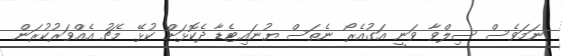
ނަމަވެސް ސިލްވާ ވަނީ އަގުއެރޯ ނެތަސް ޔުނައިޓެޑާ ދެކޮޅަށް ކުޅޭ މެޗު އެއްވަރުކުރަން